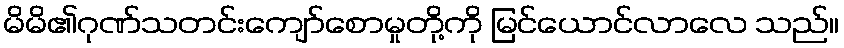
မိမိ၏ဂုဏ်သတင်းကျော်စောမှုတို့ကို မြင်ယောင်လာလေ သည်။